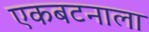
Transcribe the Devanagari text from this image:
एकबटनाला